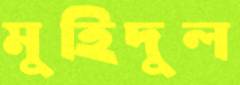
মুহিদুল